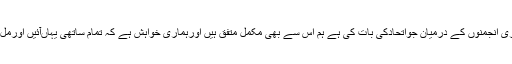
آپ نے کشمیری انجمنوں کے درمیان جواتحادکی بات کی ہے ہم اس سے بھی مکمل متفق ہیں اورہماری خواہش ہے کہ تمام ساتھی یہاںآئیں اورمل کربات کریں۔